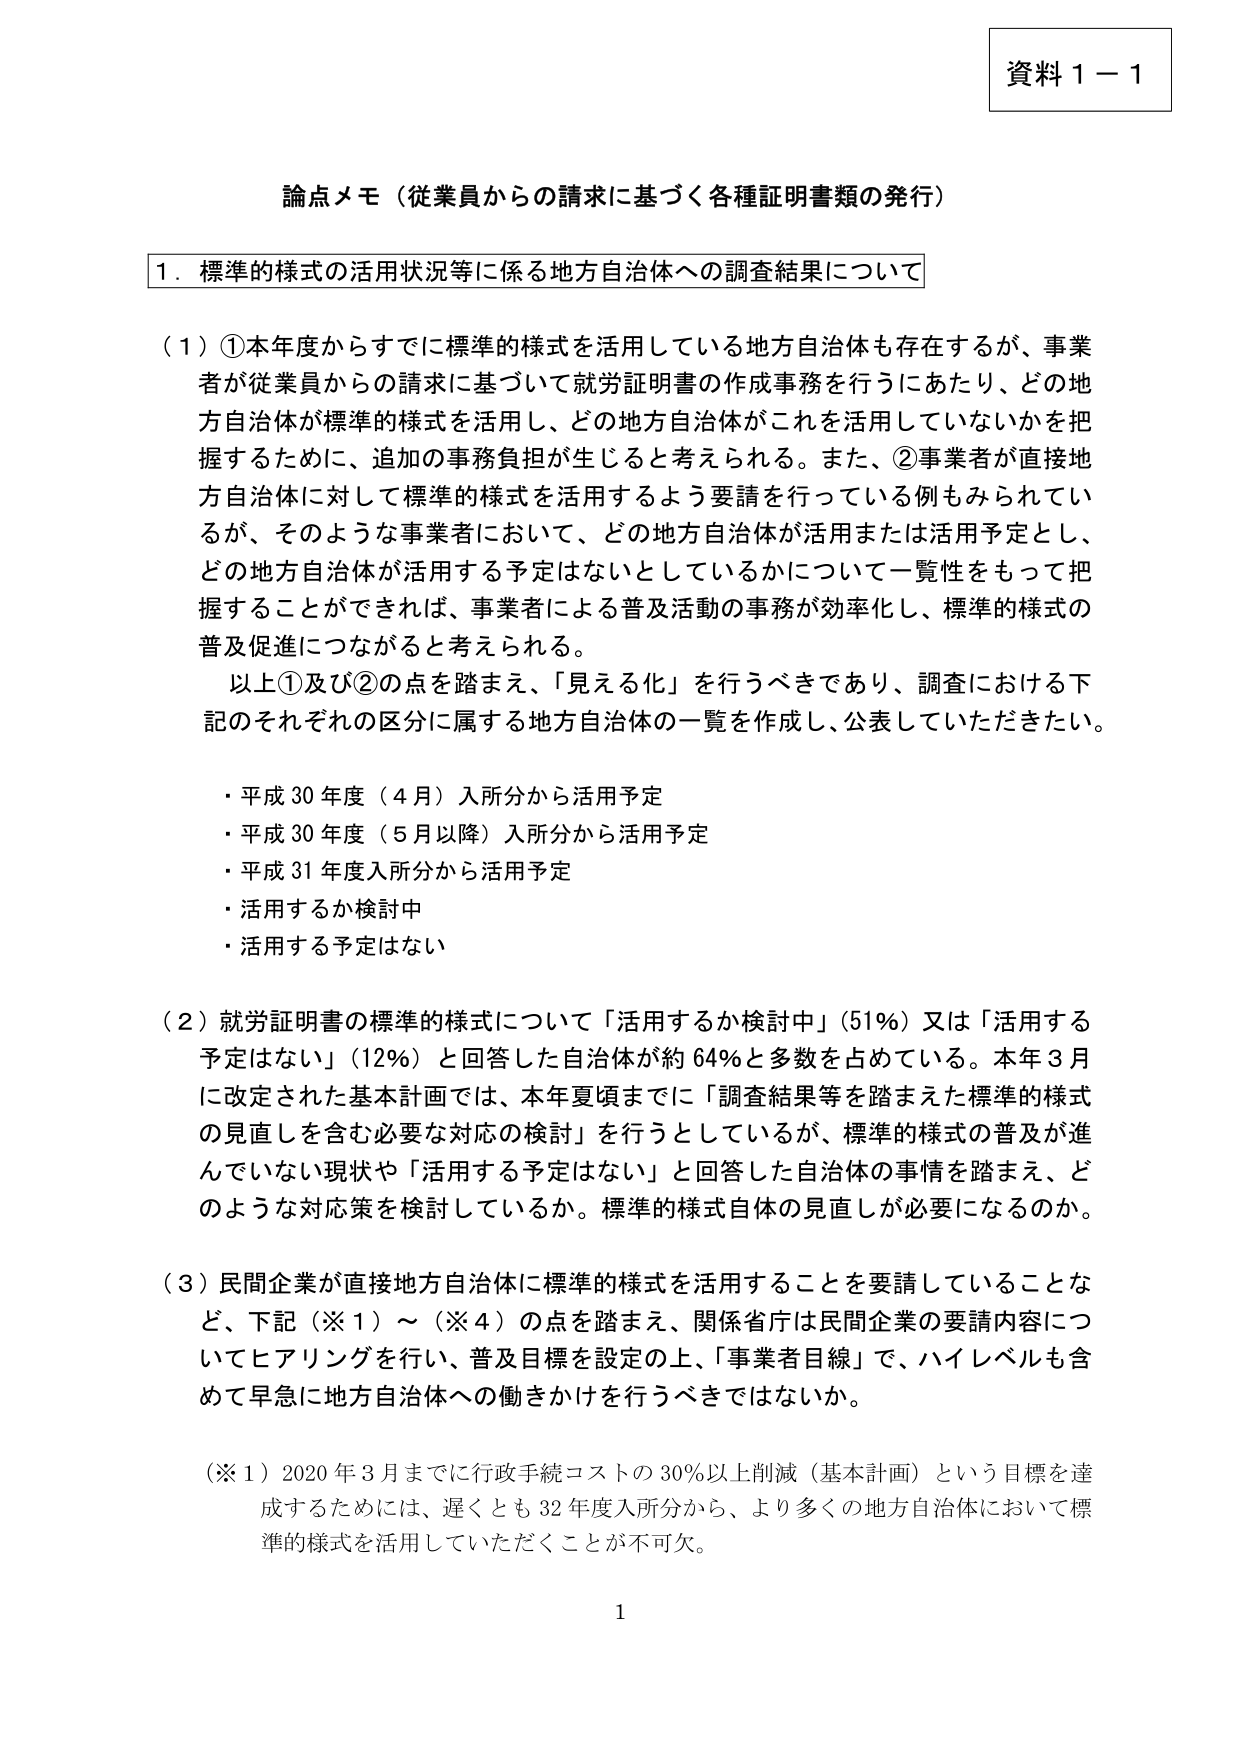
資料１－１

論点メモ（従業員からの請求に基づく各種証明書類の発行）

１．標準的様式の活用状況等に係る地方自治体への調査結果について

（１）①本年度からすでに標準的様式を活用している地方自治体も存在するが、事業者が従業員からの請求に基づいて就労証明書の作成事務を行うにあたり、どの地方自治体が標準的様式を活用し、どの地方自治体がこれを活用していないかを把握するために、追加の事務負担が生じると考えられる。また、②事業者が直接地方自治体に対して標準的様式を活用するよう要請を行っている例もみられているが、そのような事業者において、どの地方自治体が活用または活用予定とし、どの地方自治体が活用する予定はないとしているかについて一覧性をもって把握することができれば、事業者による普及活動の事務が効率化し、標準的様式の普及促進につながると考えられる。

　以上①及び②の点を踏まえ、「見える化」を行うべきであり、調査における下記のそれぞれの区分に属する地方自治体の一覧を作成し、公表していただきたい。

・平成30年度（4月）入所分から活用予定
・平成30年度（5月以降）入所分から活用予定
・平成31年度入所分から活用予定
・活用するか検討中
・活用する予定はない

（２）就労証明書の標準的様式について「活用するか検討中」（51％）又は「活用する予定はない」（12％）と回答した自治体が約64％と多数を占めている。本年3月に改定された基本計画では、本年夏頃までに「調査結果等を踏まえた標準的様式の見直しを含む必要な対応の検討」を行うとしているが、標準的様式の普及が進んでいない現状や「活用する予定はない」と回答した自治体の事情を踏まえ、どのような対応策を検討しているか。標準的様式自体の見直しが必要になるのか。

（３）民間企業が直接地方自治体に標準的様式を活用することを要請していることなど、下記（※１）～（※４）の点を踏まえ、関係省庁は民間企業の要請内容についてヒアリングを行い、普及目標を設定の上、「事業者目線」で、ハイレベルも含めて早急に地方自治体への働きかけを行うべきではないか。

（※１）2020年3月までに行政手続コストの30％以上削減（基本計画）という目標を達成するためには、遅くとも32年度入所分から、より多くの地方自治体において標準的様式を活用していただくことが不可欠。

1